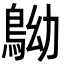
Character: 𪀂